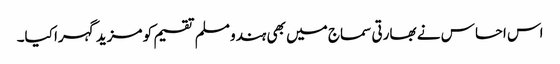
اس احساس نے بھارتی سماج میں بھی ہندو مسلم تقسیم کو مزید گہرا کیا۔